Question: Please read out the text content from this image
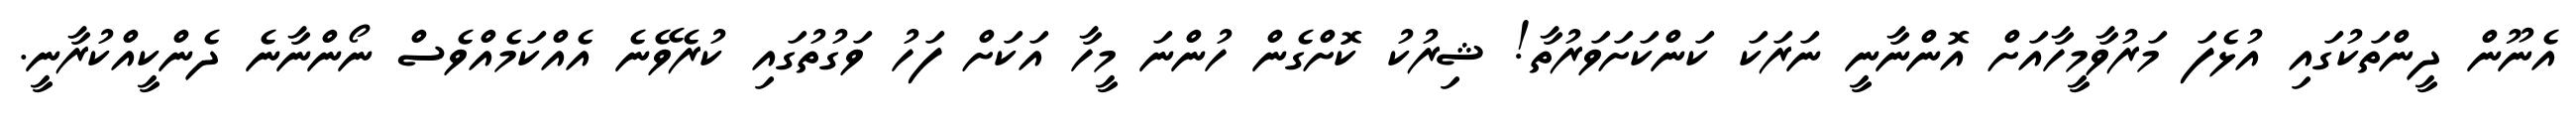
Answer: އެނޫން ދީންތަކުގައި އުޅެފަ މަރުވާމީހާއަށް އޮންނާނީ ނަރަކަ ކަންކަށަވަރުތާ! ޝިރުކު ކޮށްގެން ހުންނަ މީހާ އަކަށް ފަހު ވަގުތުގައި ކުރެވޭނެ އެއްކަމެއްވެސް ނޯންނާނެ ދެންކީއްކުރާނީ.